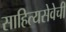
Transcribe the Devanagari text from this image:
साहित्यसेवेची